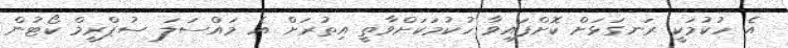
އެ ހުކުމަކީ ރަނގަޅަށް ކޮށްފައިވާ ހުކުމަކަށްވާތީ އިތުރަށް އެ މައްސަލަ ސުޕްރީމް ކޯޓުން